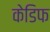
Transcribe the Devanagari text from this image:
केडिफ